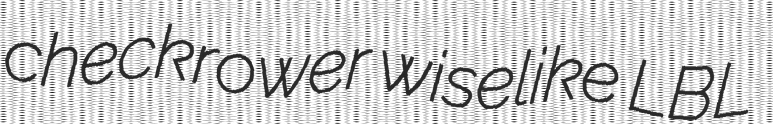
checkrower wiselike LBL